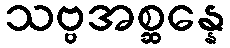
သဗ္ဗအစ္ဆန္နေ